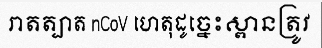
រាតត្បាត nCoV ហេតុដូច្នេះស្ពានត្រូវ